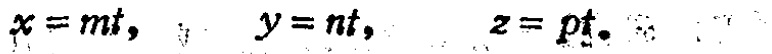
$x = mt, \quad y = nt, \quad z = pt.$